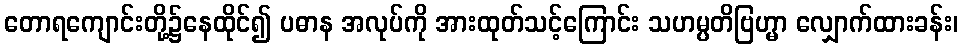
တောရကျောင်းတို့၌နေထိုင်၍ ပဓာန အလုပ်ကို အားထုတ်သင့်ကြောင်း သဟမ္ပတိဗြဟ္မာ လျှောက်ထားခန်း၊